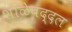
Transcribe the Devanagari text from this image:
शाळेबद्दल